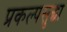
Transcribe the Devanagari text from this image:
प्रकल्पसुद्धा